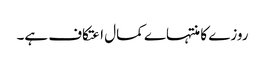
روزے کا منتہاے کمال اعتکاف ہے۔